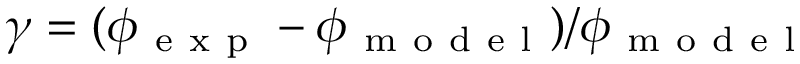
\gamma = ( \phi _ { \mathrm { ~ e ~ x ~ p ~ } } - \phi _ { \mathrm { ~ m ~ o ~ d ~ e ~ l ~ } } ) / \phi _ { \mathrm { ~ m ~ o ~ d ~ e ~ l ~ } }